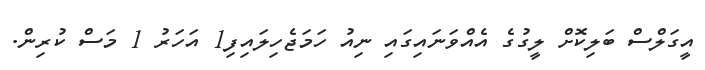
އީގަލްސް ބަލިކޮށް ލީގުގެ އެއްވަނައިގައި ނިއު ހަމަޖެހިލައިފި1 އަހަރު 1 މަސް ކުރިން.